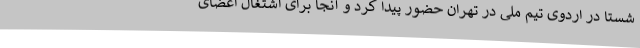
شستا در اردوی تیم ملی در تهران حضور پیدا کرد و آنجا برای اشتغال اعضای